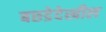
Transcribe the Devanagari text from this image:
बछडेदेखील